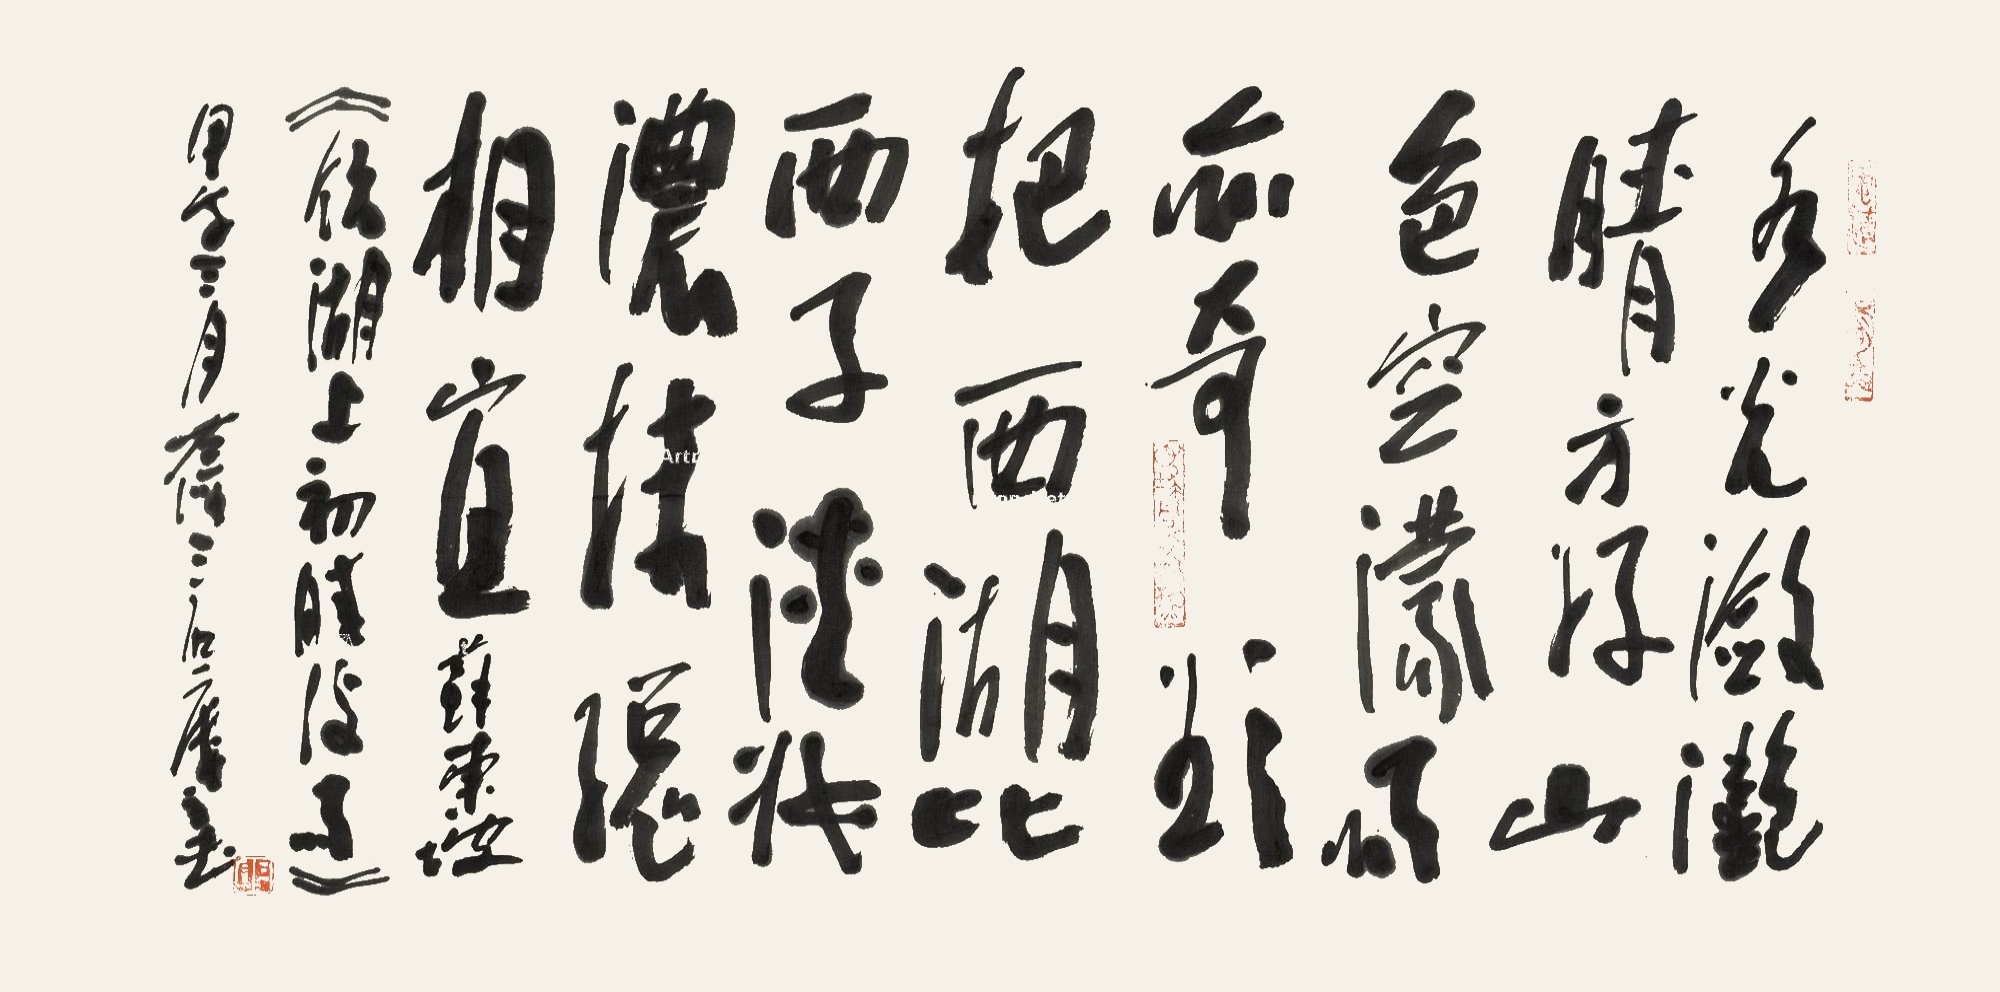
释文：水光潋滟晴方好，山色空蒙雨亦奇。欲把西湖比西子，淡妆浓抹总相宜。苏东坡《饮湖上初晴后雨》，甲午三月左海三石楼主书。